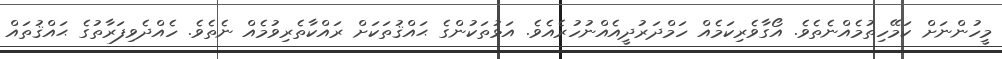
މީހުންނަށް ކަމޭހިތުމެއްނެތެވެ. އޯގާވެރިކަމެއް ހަމްދަރުދީއެއްނުހުރެއެވެ. އަޅުތަކުންގެ ޙައްޤުތަކަށް ރައްކާތެރިވުމެއް ނެތެވެ. ހެއްދެވިފަރާތުގެ ޙައްޤުތައް